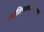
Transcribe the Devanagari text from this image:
ज्योतिष्यशास्त्रानुसार